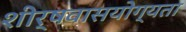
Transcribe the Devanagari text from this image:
शीर्षवासयोग्यता